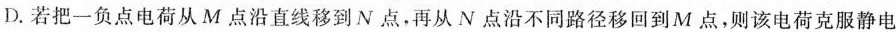
D.若把一负点电荷从M点沿直线移到N点，再从N点沿不同路径移回到M点，则该电荷克服静电